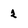
Character: 2